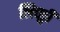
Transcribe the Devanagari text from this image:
लिच्छ्वी